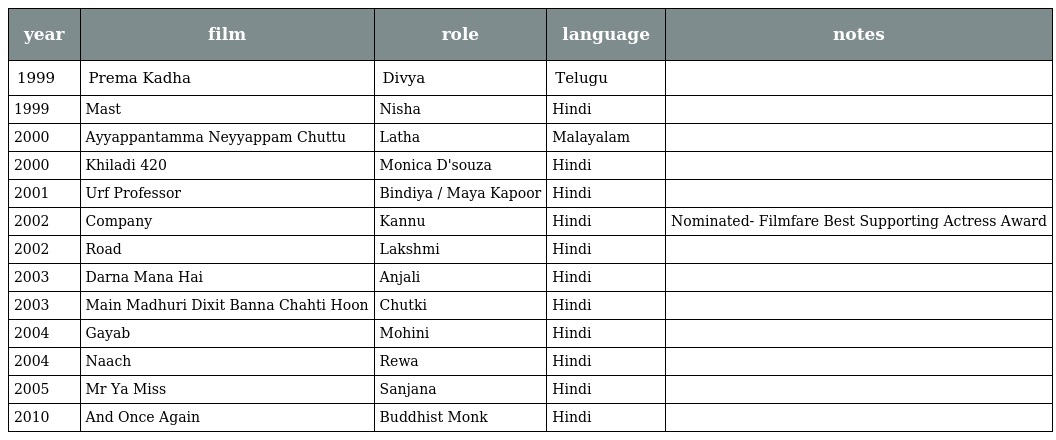
| year | film | role | language | notes |
 | --- | --- | --- | --- | --- |
 | 1999 | Prema Kadha | Divya | Telugu |  |
 | 1999 | Mast | Nisha | Hindi |  |
 | 2000 | Ayyappantamma Neyyappam Chuttu | Latha | Malayalam |  |
 | 2000 | Khiladi 420 | Monica D'souza | Hindi |  |
 | 2001 | Urf Professor | Bindiya / Maya Kapoor | Hindi |  |
 | 2002 | Company | Kannu | Hindi | Nominated- Filmfare Best Supporting Actress Award |
 | 2002 | Road | Lakshmi | Hindi |  |
 | 2003 | Darna Mana Hai | Anjali | Hindi |  |
 | 2003 | Main Madhuri Dixit Banna Chahti Hoon | Chutki | Hindi |  |
 | 2004 | Gayab | Mohini | Hindi |  |
 | 2004 | Naach | Rewa | Hindi |  |
 | 2005 | Mr Ya Miss | Sanjana | Hindi |  |
 | 2010 | And Once Again | Buddhist Monk | Hindi |  |